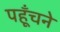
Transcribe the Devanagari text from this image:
पहूँचने